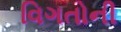
વિગતોની